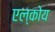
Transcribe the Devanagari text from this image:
एल्कोय